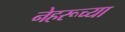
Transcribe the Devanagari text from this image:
नेहरूच्या